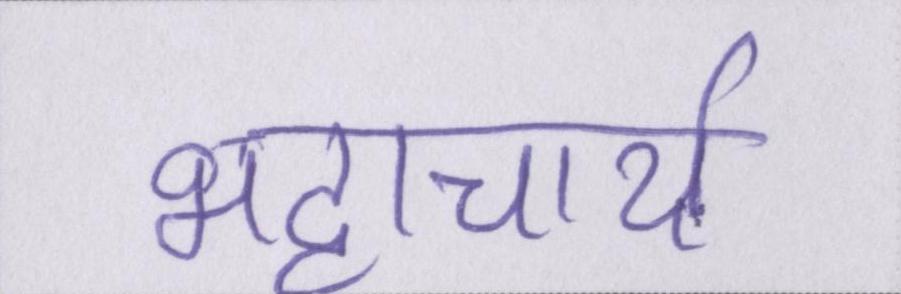
भट्टाचार्य